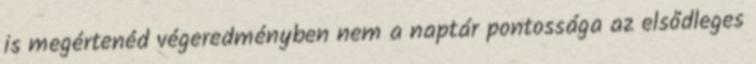
is megértenéd végeredményben nem a naptár pontossága az elsődleges